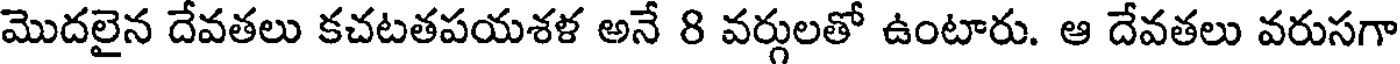
మొదలైన దేవతలు కచటతపయశళ అనే 8 వర్గులతో ఉంటారు. ఆ దేవతలు వరుసగా